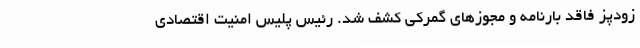
زودپز فاقد بارنامه و مجوزهای گمرکی کشف شد. رئیس پلیس امنیت اقتصادی